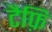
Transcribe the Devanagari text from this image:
टैफ़ि